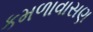
કમળાવાસણ